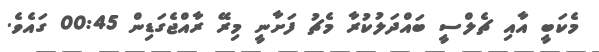
މެކަބީ އާއި ޗެލްސީ ބައްދަލުކުރާ މެޗު ފަށާނީ މިރޭ ރާއްޖެގަޑިން 00:45 ގައެވެ.